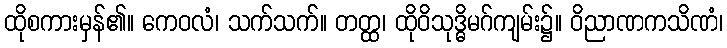
ထိုစကားမှန်၏။ ကေဝလံ၊ သက်သက်။ တတ္ထ၊ ထိုဝိသုဒ္ဓိမဂ်ကျမ်း၌။ ဝိညာဏကသိဏံ၊